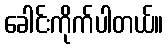
ခေါင်းကိုက်ပါတယ်။